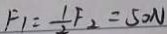
F _ { 1 } = \frac { 1 } { 2 } F _ { 2 } = 5 0 N